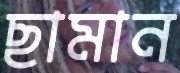
ছামান